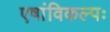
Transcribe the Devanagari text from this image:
एषांविकल्पः